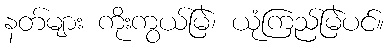
နတ်များ ကိုးကွယ်မြဲ၊ ယုံကြည်မြဲပင်။